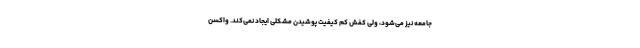
جامعه نیز می‌شود، ولی کفش کم کیفیت پوشیدن مشکلی ایجاد نمی‌کند. واکسن